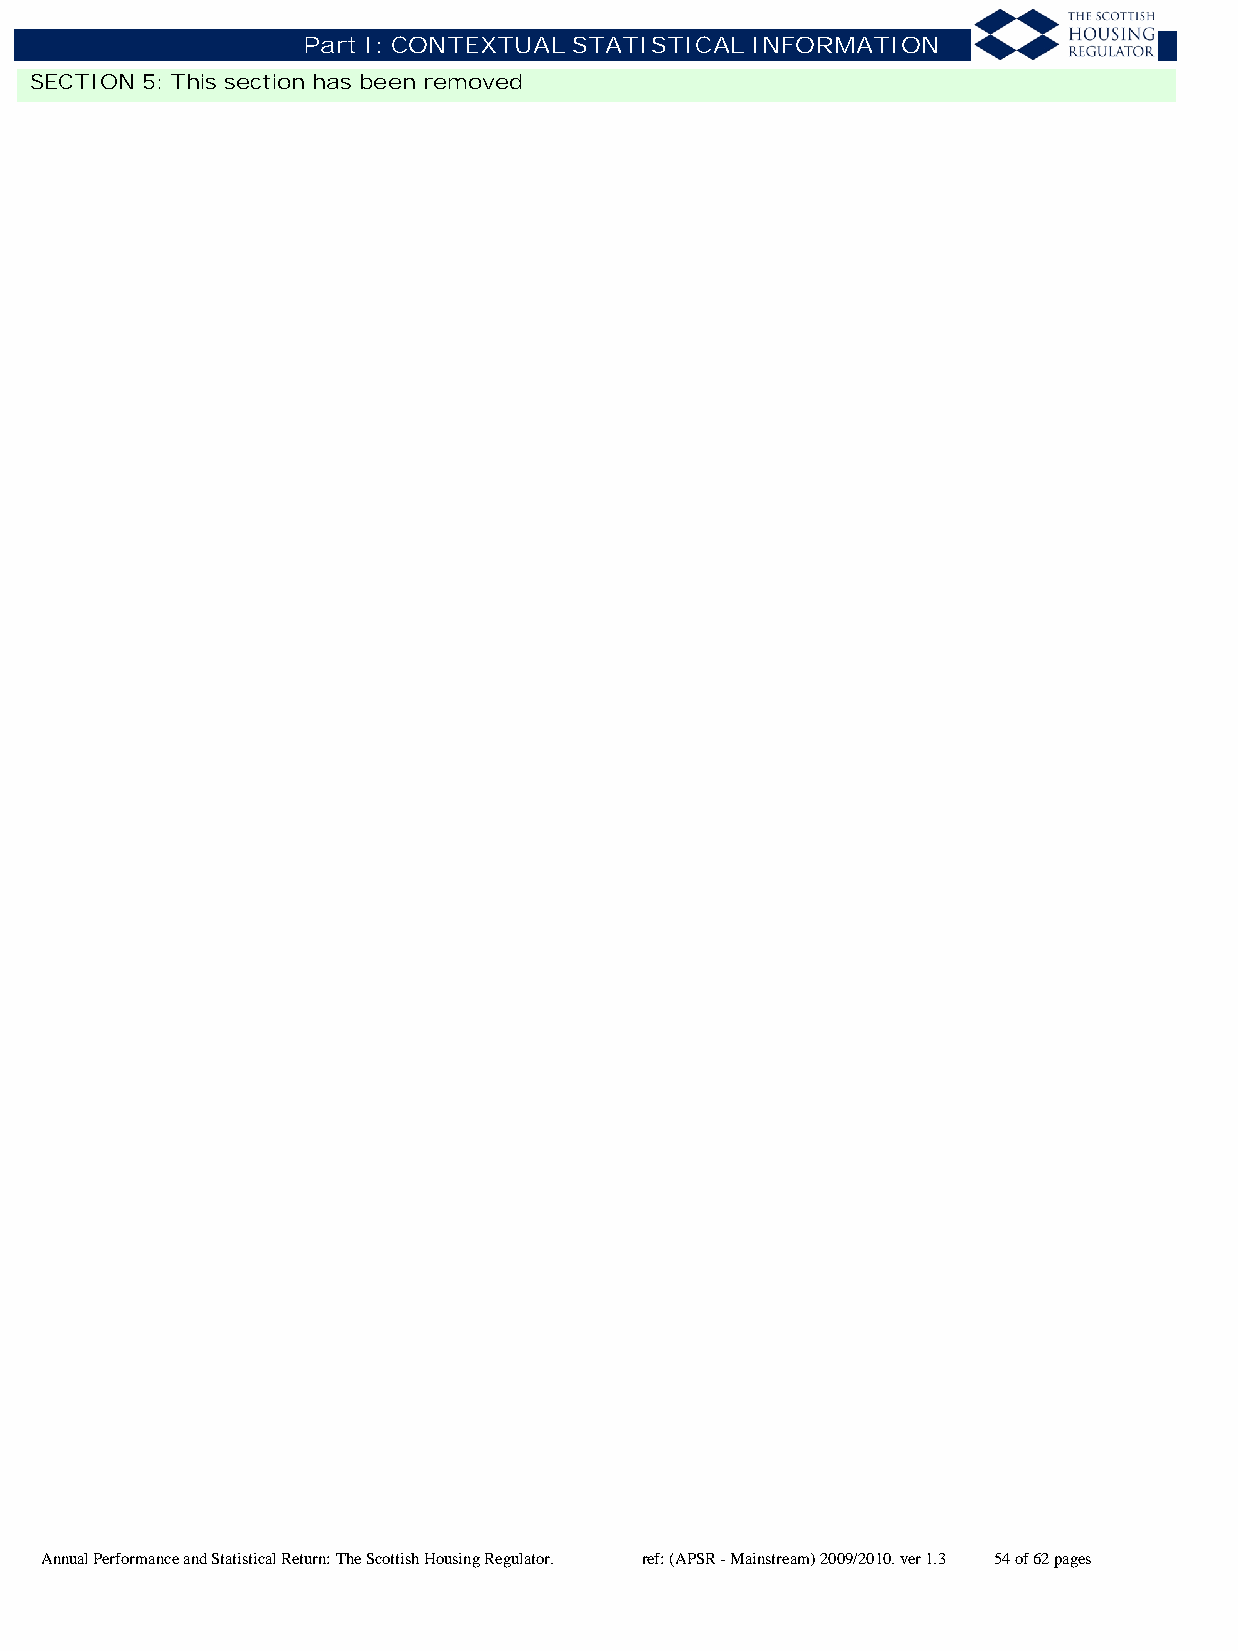
Part I: CONTEXTUAL STATISTICAL INFORMATION
 SECTION 5: This section has been removed
 Annual Performance and Statistical Return: The Scottish Housing Regulator. ref: (APSR - Mainstream) 2009/2010. ver 1.3 54 of 62 pages